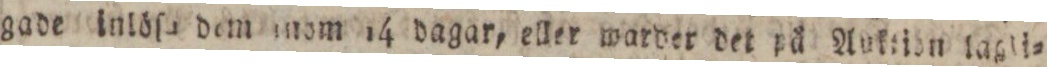
gade inlöſe dem inom 14 dagar, eller warder det på Auktion lagli=